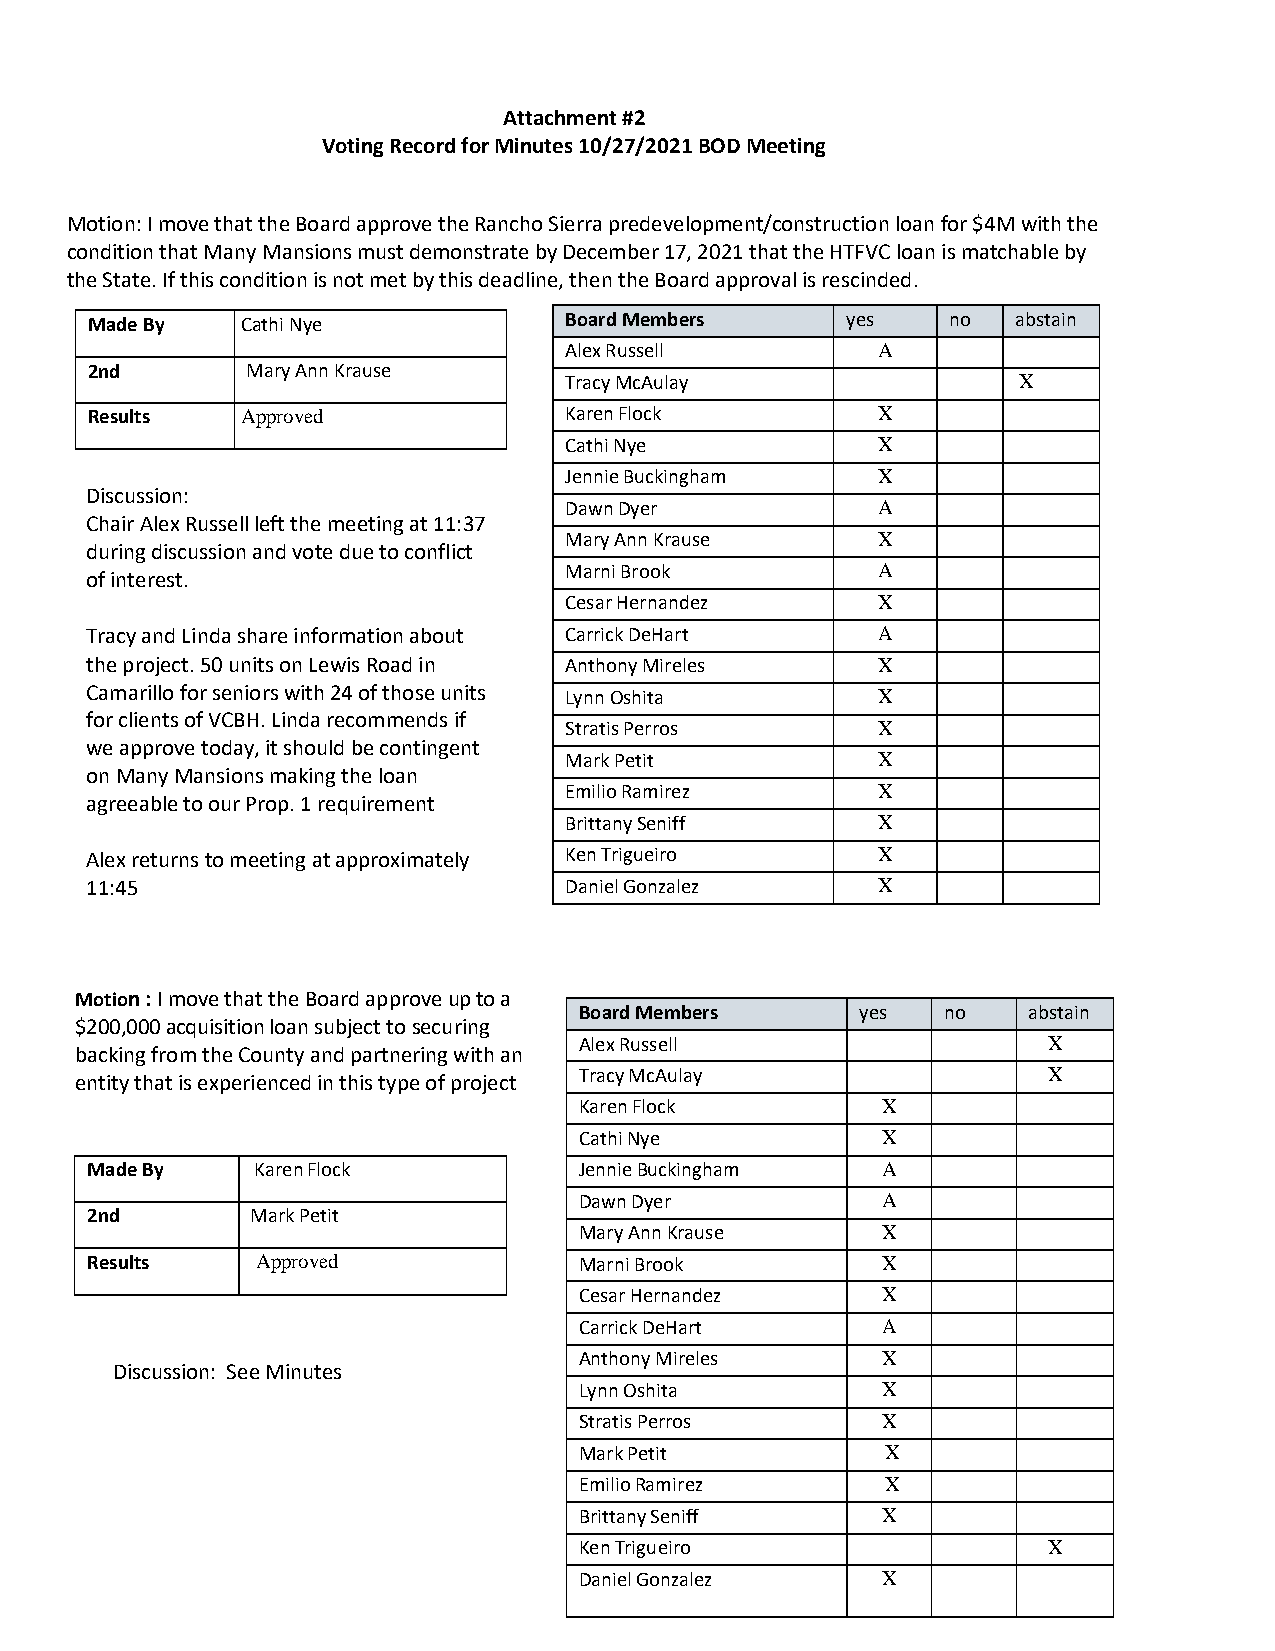
Attachment #2
 Voting Record for Minutes 10/27/2021 BOD Meeting
 Motion: I move that the Board approve the Rancho Sierra predevelopment/construction loan for $4M with the
 condition that Many Mansions must demonstrate by December 17, 2021 that the HTFVC loan is matchable by
 the State. If this condition is not met by this deadline, then the Board approval is rescinded.
 Made By   Cathi Nye            Board Members      yes    no  abstain
 Alex Russell         A
 2nd       Mary Ann Krause
 Tracy McAulay                 X
 Results   Approved             Karen Flock          X
 Cathi Nye            X
 Jennie Buckingham    X
 Discussion:
 Dawn Dyer            A
 Chair Alex Russell left the meeting at 11:37
 Mary Ann Krause      X
 during discussion and vote due to conflict
 Marni Brook          A
 of interest.
 Cesar Hernandez      X
 Tracy and Linda share information about Carrick DeHart A
 the project. 50 units on Lewis Road in Anthony Mireles X
 Camarillo for seniors with 24 of those units Lynn Oshita X
 for clients of VCBH. Linda recommends if
 Stratis Perros       X
 we approve today, it should be contingent
 Mark Petit           X
 on Many Mansions making the loan
 Emilio Ramirez       X
 agreeable to our Prop. 1 requirement
 Brittany Seniff      X
 Alex returns to meeting at approximately Ken Trigueiro X
 11:45                          Daniel Gonzalez      X
 Motion : I move that the Board approve up to a
 Board Members      yes  no    abstain
 $200,000 acquisition loan subject to securing
 Alex Russell                   X
 backing from the County and partnering with an
 entity that is experienced in this type of project Tracy McAulay X
 Karen Flock         X
 Cathi Nye           X
 Made By    Karen Flock          Jennie Buckingham   A
 Dawn Dyer           A
 2nd        Mark Petit
 Mary Ann Krause     X
 Results    Approved             Marni Brook         X
 Cesar Hernandez     X
 Carrick DeHart      A
 Anthony Mireles     X
 Discussion: See Minutes
 Lynn Oshita         X
 Stratis Perros      X
 Mark Petit           X
 Emilio Ramirez       X
 Brittany Seniff     X
 Ken Trigueiro                  X
 Daniel Gonzalez     X